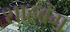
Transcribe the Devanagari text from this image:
शाहबंग